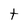
Character: t